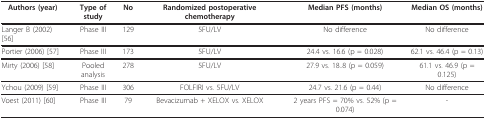
| Authors (year) | Type of study | No | Randomized postoperative chemotherapy | Median PFS (months) | Median OS (months) |
 | --- | --- | --- | --- | --- | --- |
 | Langer B (2002) [56] | Phase III | 129 | 5FU/LV | No difference | No difference |
 | Portier (2006) [57] | Phase III | 173 | 5FU/LV | 24.4 vs. 16.6 (p = 0.028) | 62.1 vs. 46.4 (p = 0.13) |
 | Mirty (2006) [58] | Pooled analysis | 278 | 5FU/LV | 27.9 vs. 18..8 (p = 0.059) | 61.1 vs. 46.9 (p = 0.125) |
 | Ychou (2009) [59] | Phase III | 306 | FOLFIRI vs. 5FU/LV | 24.7 vs. 21.6 (p = 0.44) | No difference |
 | Voest (2011) [60] | Phase III | 79 | Bevacizumab + XELOX vs. XELOX | 2 years PFS = 70% vs. 52% (p = 0.074) | - |